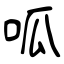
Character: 呱